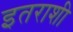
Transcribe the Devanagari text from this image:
इतराशी